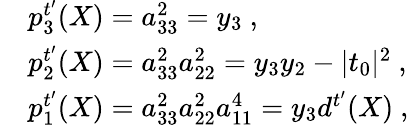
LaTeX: \begin{array}{rl}&{p_{3}^{t^{\prime}}(X)=a_{33}^{2}=y_{3}\ ,}\\ &{p_{2}^{t^{\prime}}(X)=a_{33}^{2}a_{22}^{2}=y_{3}y_{2}-|t_{0}|^{2}\ ,}\\ &{p_{1}^{t^{\prime}}(X)=a_{33}^{2}a_{22}^{2}a_{11}^{4}=y_{3}d^{t^{\prime}}(X)\ ,}\end{array}